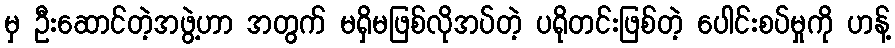
မှ ဦးဆောင်တဲ့အဖွဲ့ဟာ အတွက် မရှိမဖြစ်လိုအပ်တဲ့ ပရိုတင်းဖြစ်တဲ့ ပေါင်းစပ်မှုကို ဟန့်